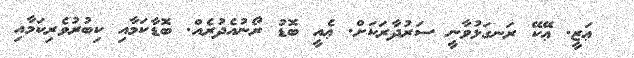
@ ޢަޒީ. ޢޭކޭ ރަނގަޅުވާނީ ސަރުދާރަކަށް. ޢެއީ ބޮޑު ރޯނުއެދުރެއް. ބޮޑާކަމާއި ކިބުރުވެރިކަމާއި